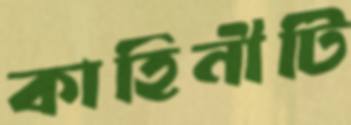
কাহিনীটি